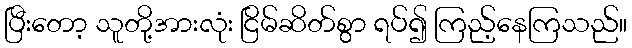
ပြီးတော့ သူတို့အားလုံး ငြိမ်ဆိတ်စွာ ရပ်၍ ကြည့်နေကြသည်။